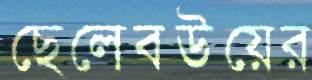
ছেলেবউয়ের